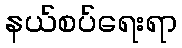
နယ်စပ်ရေးရာ